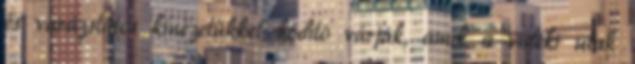
és varázslatos kinézetükkel hódító várják, amik a vidéki utak